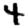
Digit: 4